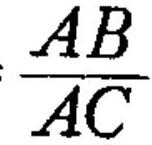
\(\frac{AB}{AC}\)